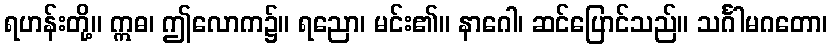
ရဟန်းတို့။ ဣဓ၊ ဤလောက၌။ ရညော၊ မင်း၏။ နာဂေါ၊ ဆင်ပြောင်သည်။ သင်္ဂါမဂတော၊